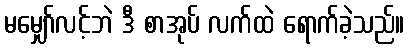
မမျှော်လင့်ဘဲ ဒီ စာအုပ် လက်ထဲ ရောက်ခဲ့သည်။